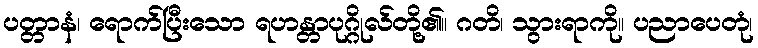
ပတ္တာနံ၊ ရောက်ပြီးသော ရဟန္တာပုဂ္ဂိုလ်တို့၏။ ဂတိ၊ သွားရာကို။ ပညာပေတုံ၊